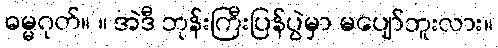
ဓမ္မဂုတ်။ ။ အဲဒီ ဘုန်းကြီးပြန်ပွဲမှာ မပျော်ဘူးလား။